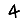
Digit: 4